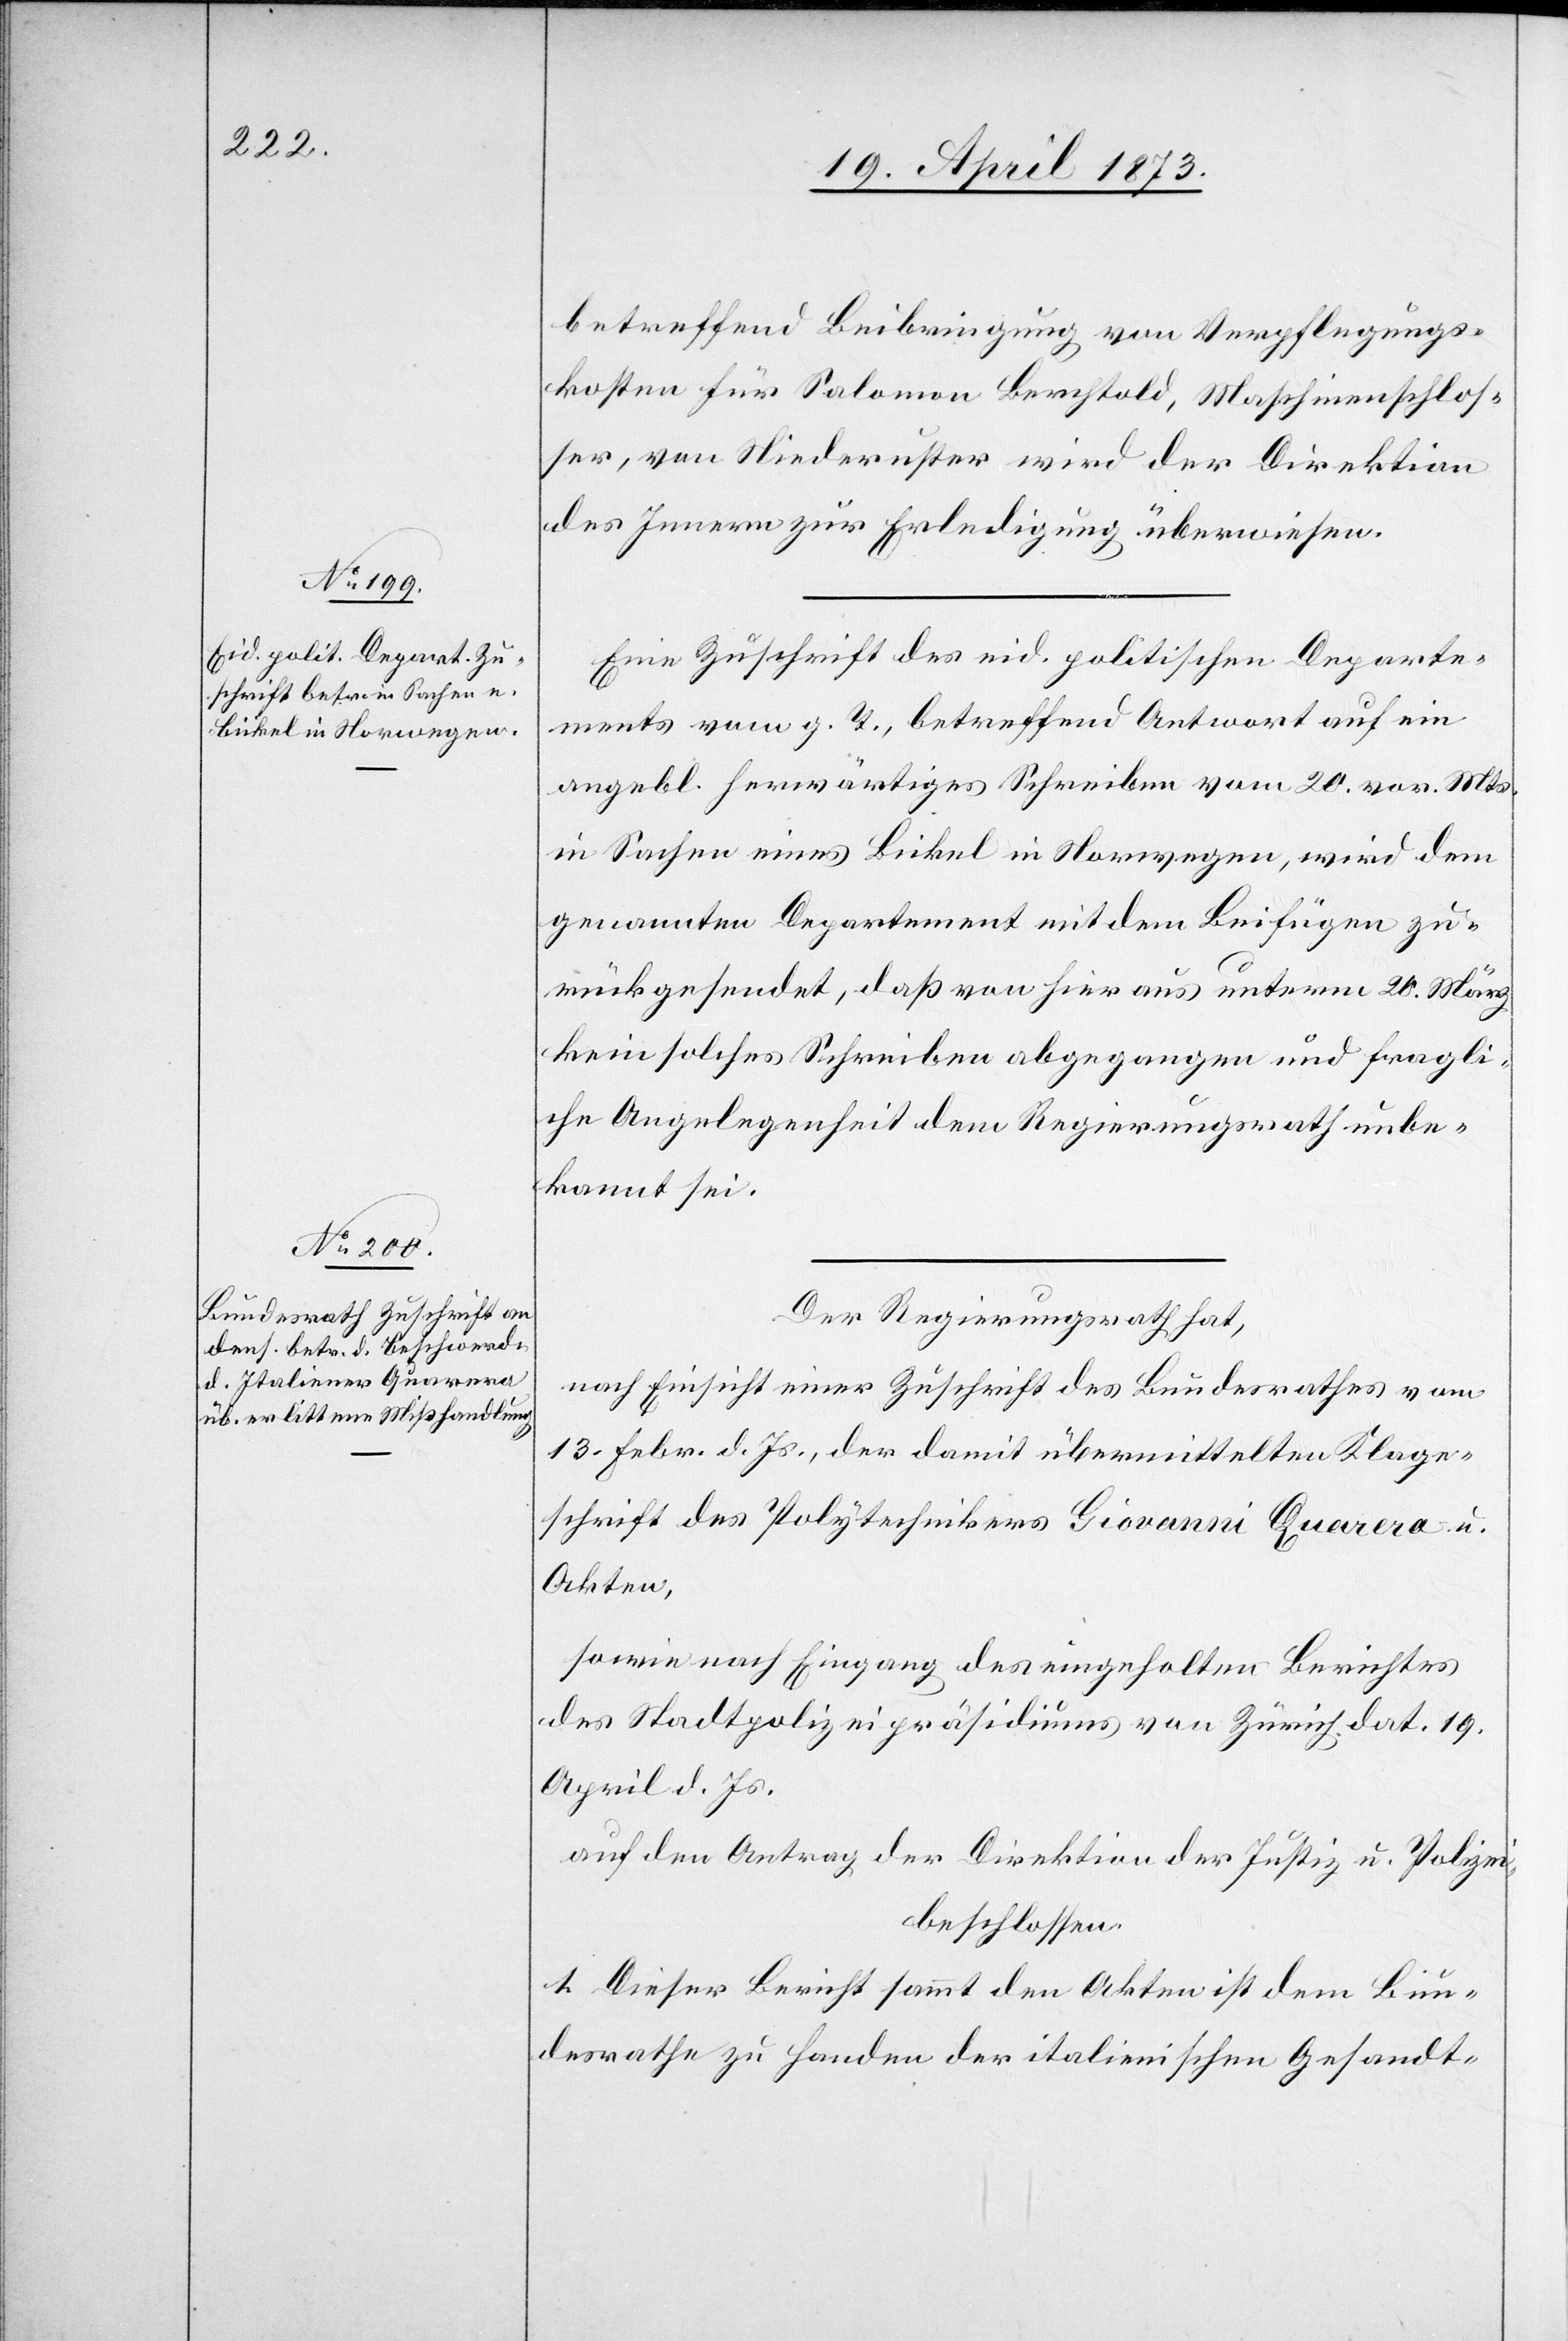
22. April 1873]
betreffend Beibringung von Verpflegungs¬
kosten für Salomon Berchtold, Maschinenschlos¬
ser, von Niederuster wird der Direktion
des Innern zur Erledigung überwiesen.
Eine Zuschrift des eid. politischen Departe¬
ments vom g. T., betreffend Antwort auf ein
angebl. herwärtiges Schreiben vom 20. vor. Mts.
in Sachen eines Bickel in Norwegen, wird dem
genannten Departement mit dem Beifügen zu¬
rückgesendet, daß von hier aus unterm 20. März
kein solches Schreiben abgegangen und fragli¬
che Angelegenheit dem Regierungsrath unbe¬
kannt sei.
Der Regierungsrath hat,
nach Einsicht einer Zuschrift des Bundesrathes vom
13. Febr. d. Js., der damit übermittelten Klage¬
schrift des Polytechnikers Giovanni Quarera u.
Akten,
sowie nach Eingang des eingeholten Berichtes
des Stadtpolizeipräsidiums von Zürich dat. 19.
April d. Js.
auf den Antrag der Direktion der Justiz u. Polizei
beschlossen:
1. Dieser Bericht sammt den Akten ist dem Bun¬
desrathe zu Handen der italienischen Gesandt-